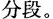
分段。